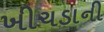
ખીચડાની